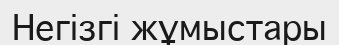
Негізгі жұмыстары